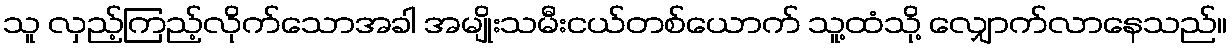
သူ လှည့်ကြည့်လိုက်သောအခါ အမျိုးသမီးငယ်တစ်ယောက် သူ့ထံသို့ လျှောက်လာနေသည်။